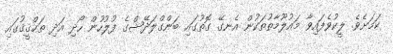
ކަމަށެވެ. ލީކުވެފައިވާ މައުލޫމާތުތަކުން އެނގޭ ގޮތުގައި ބަންގްލަދޭޝްގެ ފުލުހުން ހޯދި އަދި ތަޙްޤީޤުގައި